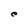
Character: e